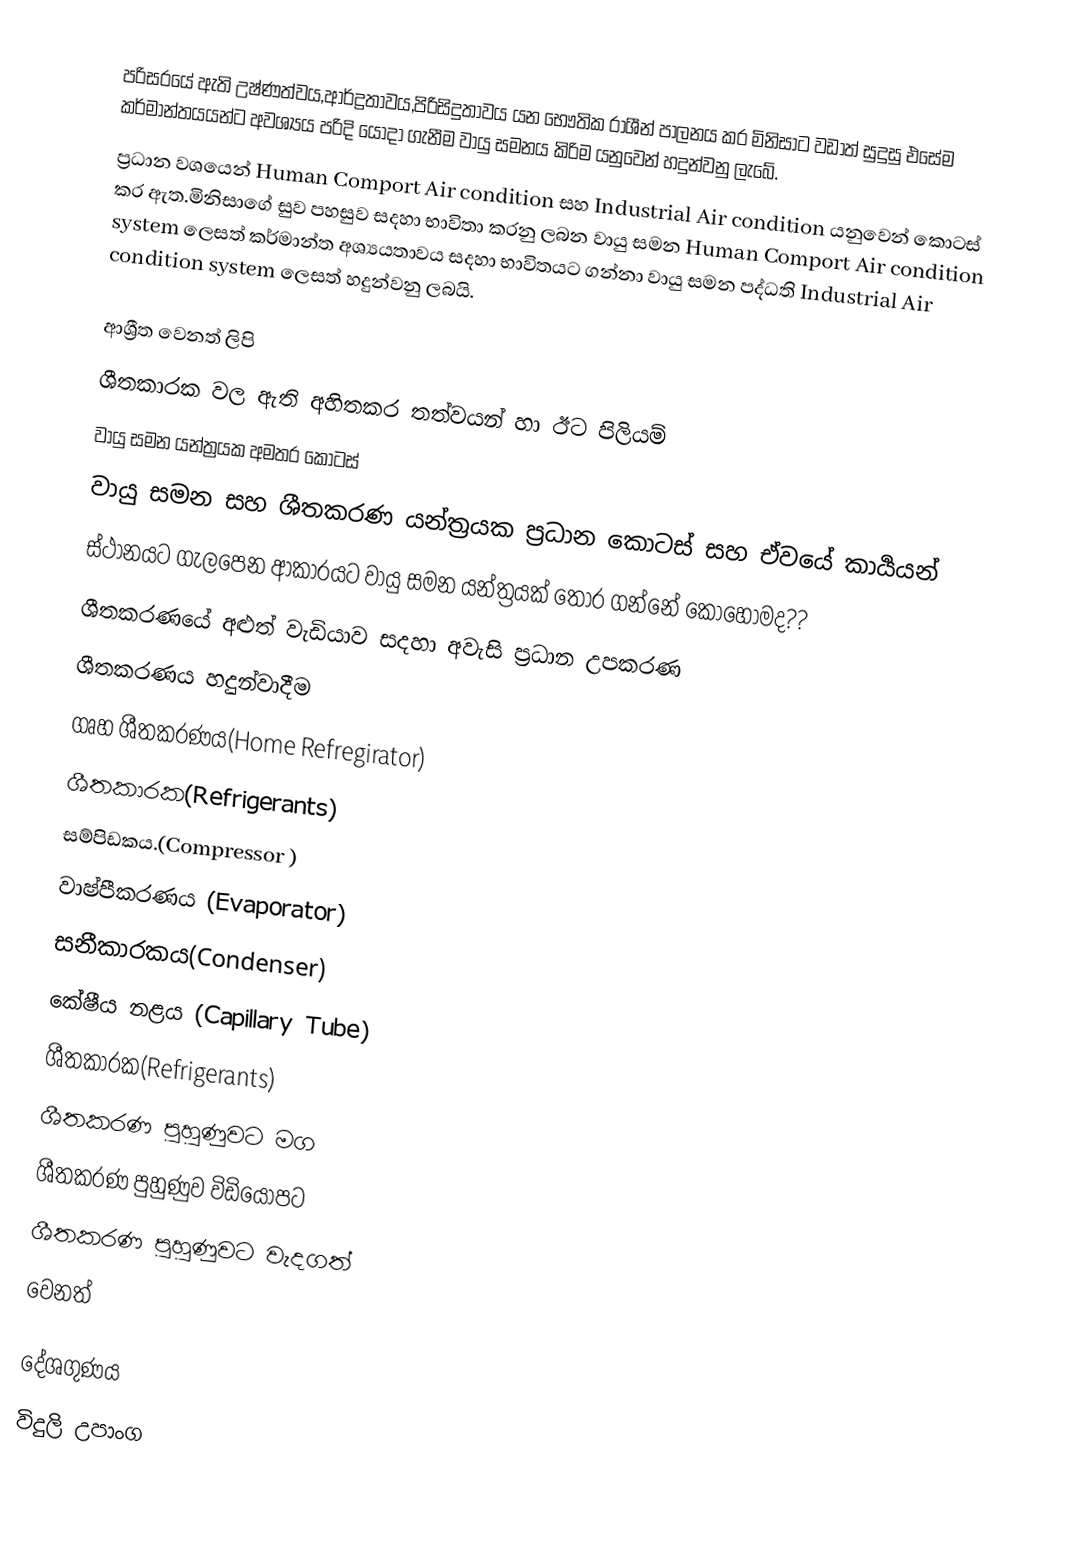
පරිසරයේ ඇති උෂ්ණත්වය,ආර්ද්‍රතාවය,පිරිසිදුතාවය යන භෞතික රාශීන් පාලනය කර මිනිසාට වඩාත් සුදුසු එසේම කර්මාන්තයයන්ට අවශ්‍යය පරිදි යොදා ගැනීම වායු සමනය කිරිම යනුවෙන් හදුන්වනු ලැබේ.
ප්‍රධාන වශයෙන් Human Comport Air condition සහ Industrial Air condition යනුවෙන් කොටස් කර ඇත.මිනිසාගේ සුව පහසුව සදහා භාවිතා කරනු ලබන වායු සමන Human Comport Air condition system ලෙසත් කර්මාන්ත අශ්‍යයතාවය සදහා භාවිතයට ගන්නා වායු සමන පද්ධති Industrial Air condition system ලෙසත් හදුන්වනු ලබයි.

ආශ්‍රීත වෙනත්  ලිපි
ශීතකාරක වල ඇති අහිතකර තත්වයන් හා ඊට පිලියම්
වායු සමන යන්ත්‍රයක අමතර කොටස්
වායු සමන සහ ශීතකරණ යන්ත්‍රයක ප්‍රධාන කොටස් සහ ඒවයේ කාර්‍යයන්
ස්ථානයට ගැලපෙන ආකාරයට වායු සමන යන්ත්‍රයක් තෝර ගන්නේ කොහොමද??
ශීතකරණයේ  අළුත් වැඩියාව සදහා අවැසි ප්‍රධාන උපකරණ
ශීතකරණය හදුන්වාදීම
ගෘහ ශීතකරණය(Home Refregirator)
ශීතකාරක(Refrigerants)
සම්පිඩකය.(Compressor )
 වාෂ්පීකරණය (Evaporator)
සනීකාරකය(Condenser)
කේෂීය නළය (Capillary Tube)
ශීතකාරක(Refrigerants)
ශීතකරණ පුහුණුවට මග
ශීතකරණ පුහුණුව විඩියෝපට
ශීතකරණ පුහුණුවට වැදගත්
වෙනත්

‍දේශගුණය
විදුලි උපාංග​